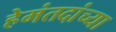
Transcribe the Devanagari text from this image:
हेमंतदांच्या